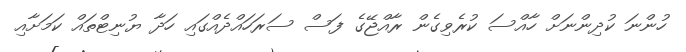
ހުންނަ ކުދިންނަށް ހާއްސަ ކުރެވިގެން ރާއްޖޭގެ ފަސް ސަރަހައްދެއްގައި ހަދާ ޔުނިޓްތައް ކަމަށާއި